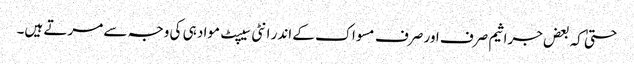
حتیٰ کہ بعض جراثیم صرف اور صرف مسواک کے اندر انٹی سیپٹ مواد ہی کی وجہ سے مرتے ہیں۔